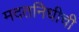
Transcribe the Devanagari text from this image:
मदतनिधीची